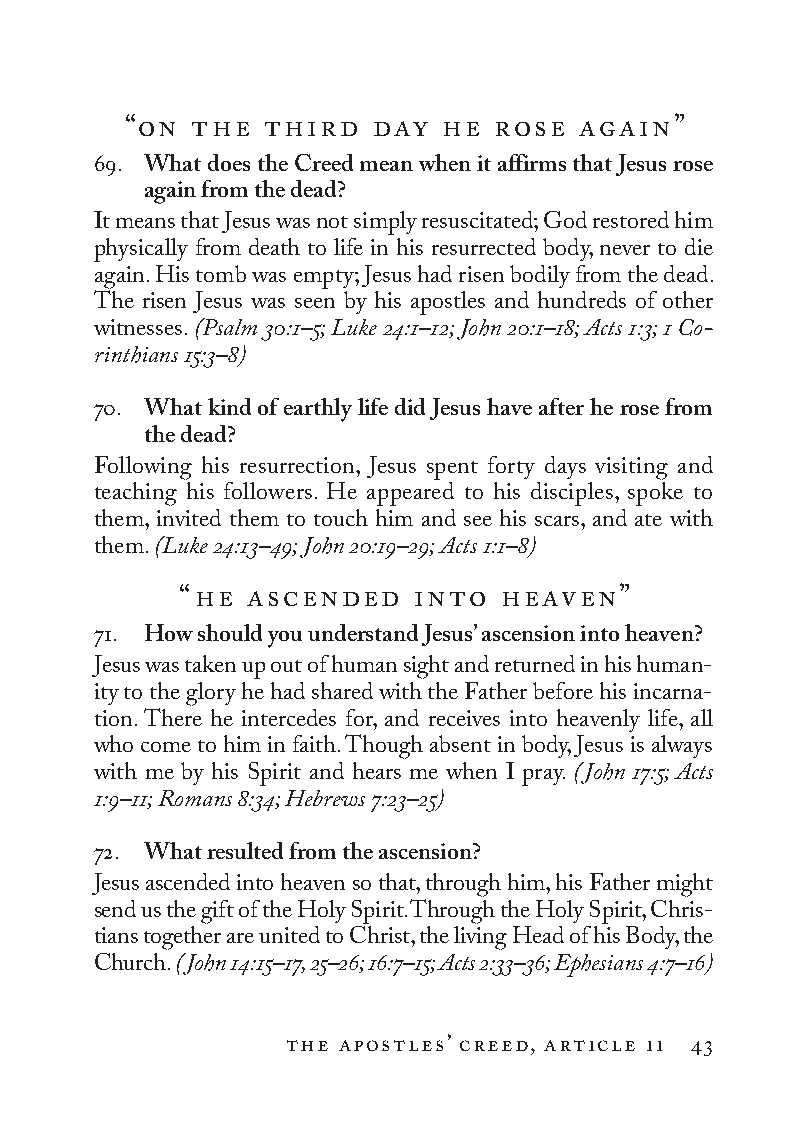
“on the  third  day  he rose  again”
 69. What does the Creed mean when it affirms that Jesus rose
 again from the dead?
 It means that Jesus was not simply resuscitated; God restored him
 physically from death to life in his resurrected body, never to die
 again. His tomb was empty; Jesus had risen bodily from the dead.
 The risen Jesus was seen by his apostles and hundreds of other
 witnesses. (Psalm 30:1–5; Luke 24:1–12; John 20:1–18; Acts 1:3; 1 Co­
 rin thi ans 15:3–8)
 70. What kind of earthly life did Jesus have after he rose from
 the dead?
 Following his resurrection, Jesus spent forty days visiting and
 teaching his followers. He appeared to his disciples, spoke to
 them, invited them to touch him and see his scars, and ate with
 them. (Luke 24:13–49; John 20:19–29; Acts 1:1–8)
 “he  ascended   into heaven”
 71. How should you understand Jesus’ ascension into heaven?
 Jesus was taken up out of human sight and returned in his human-
 ity to the glory he had shared with the Father before his incarna-
 tion. There he intercedes for, and receives into heavenly life, all
 who come to him in faith. Though absent in body, Jesus is always
 with me by his Spirit and hears me when I pray. (John 17:5; Acts
 1:9–11; Romans 8:34; Hebrews 7:23–25)
 72. What resulted from the ascension?
 Jesus ascended into heaven so that, through him, his Father might
 send us the gift of the Holy Spirit. Through the Holy Spirit, Chris-
 tians together are united to Christ, the living Head of his Body, the
 Church. (John 14:15–17, 25–26; 16:7–15; Acts 2:33–36; Ephesians 4:7–16)
 the apostles’ creed, article ii 43
 To be a Christian.566776.int.indd 43        11/13/19 1:31 PM